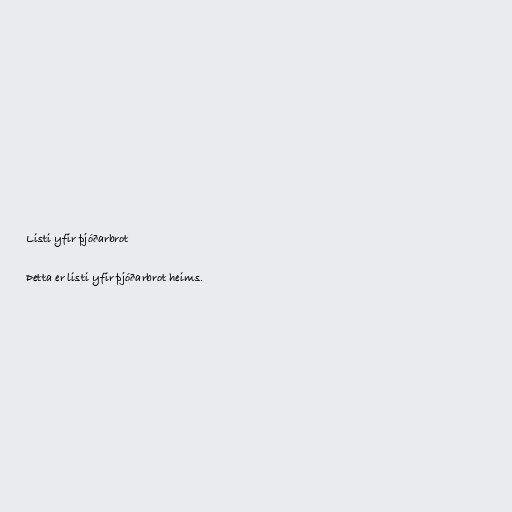
Listi yfir þjóðarbrot

Þetta er listi yfir þjóðarbrot heims.